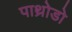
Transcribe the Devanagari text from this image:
पाथ्रोडो